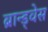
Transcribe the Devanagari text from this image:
ब्रान्ड्वेस